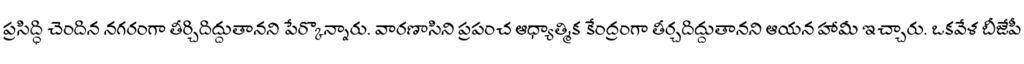
ప్రసిద్ధి చెందిన నగరంగా తీర్చిదిద్దుతానని పేర్కొన్నారు. వారణాసిని ప్రపంచ ఆధ్యాత్మిక కేంద్రంగా తీర్చదిద్దుతానని ఆయన హామీ ఇచ్చారు. ఒకవేళ బీజేపీ